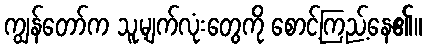
ကျွန်တော်က သူ့မျက်လုံးတွေကို စောင့်ကြည့်နေ၏။